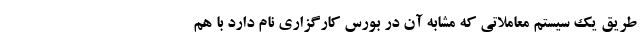
طریق یک سیستم معاملاتی که مشابه آن در بورس کارگزاری نام دارد با هم